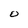
Character: o